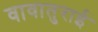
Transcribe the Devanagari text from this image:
वावातुराई